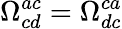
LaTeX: \Omega_{cd}^{ac}=\Omega_{dc}^{ca}